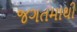
જગતમાથી